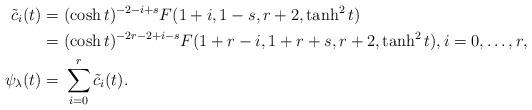
LaTeX: \begin{align*}\tilde{c}_i(t)=&~ (\cosh t)^{-2-i+s}F(1+i, 1-s, r+2, \tanh^2 t) \\=&~(\cosh t)^{-2r-2+i-s}F(1+r-i, 1+r+s, r+2, \tanh^2 t),i=0,\ldots, r,\\ \psi_\lambda(t)=&~\sum^r_{i=0}\tilde{c}_i(t).\end{align*}